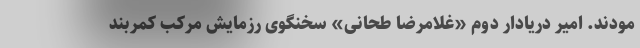
مودند. امیر دریادار دوم «غلامرضا طحانی» سخنگوی رزمایش مرکب کمربند